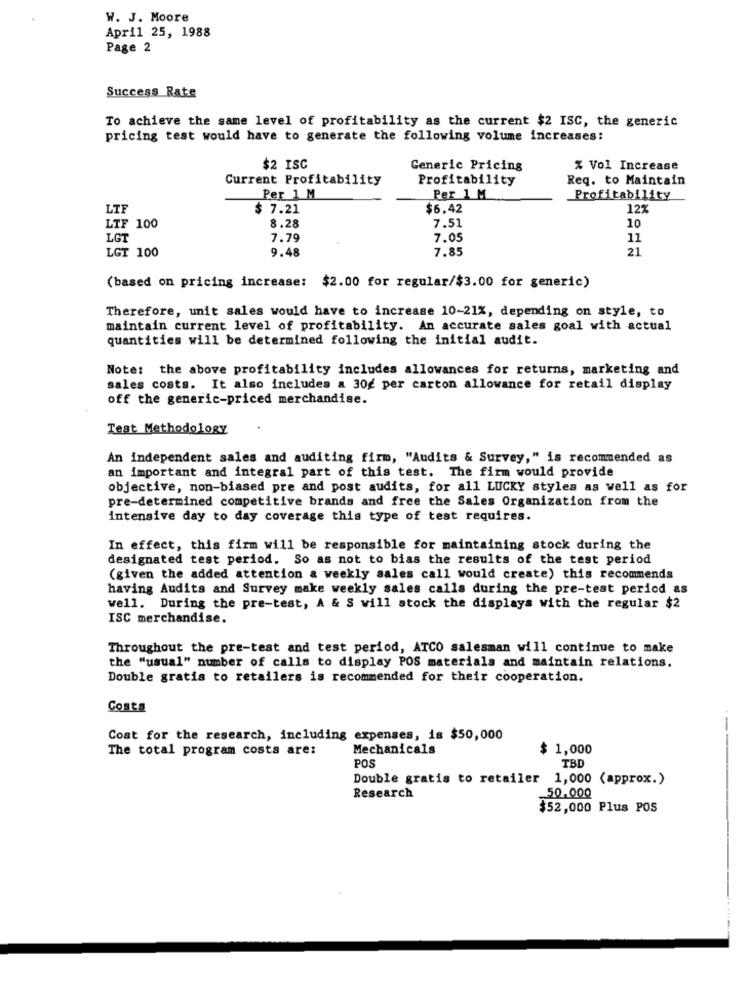
W. J. Moore
April 25, 1988
Page 2
Success Rate
To achieve the same level of profitability as the current $2 ISC, the generic
pricing test would have to generate the following volume increases:
$2 ISC
Generic Pricing
% Vol Increase
Current Profitability
Profitability
Req. to Maintain
Per 1 M
Per 1 M
Profitability
LIF
$ 7.21
$6.42
12%
8.28
7.51
LTF 100
10
LGT
7.79
7.05
11
LGT 100
9.48
7.85
21
(based on pricing increase:
$2.00 for regular/$3.00 for generic)
Therefore, unit sales would have to increase 10-21%, depending on style, to
maintain current level of profitability. An accurate sales goal with actual
quantities will be determined following the initial audit.
Note: the above profitability includes allowances for returns, marketing and
sales costs. It also includes a 30g per carton allowance for retail display
off the generic-priced merchandise.
Test Methodology
An independent sales and auditing firm, "Audits & Survey," is recommended as
an important and integral part of this test. The firm would provide
objective, non-biased pre and post audits, for all LUCKY styles as well as for
pre-determined competitive brands and free the Sales Organization from the
intensive day to day coverage this type of test requires.
In effect, this firm will be responsible for maintaining stock during the
designated test period. So as not to bias the results of the test period
(given the added attention a weekly sales call would create) this recommends
having Audits and Survey make weekly sales calls during the pre-test period as
well. During the pre-test, A & S will stock the displays with the regular $2
ISC merchandise.
Throughout the pre-test and test period, ATCO salesman will continue to make
the "usual" number of calls to display POS materials and maintain relations.
Double gratis to retailers is recommended for their cooperation.
Costa
-
Cost for the research, including expenses, is $50,000
The total program costs are:
Mechanicals
$ 1,000
POS
TBD
Double gratis to retailer 1,000 (approx.)
Research
50,000
$52,000 Plus POS